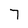
Character: 7